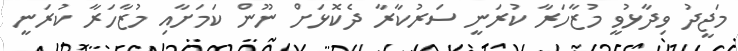
މަޖީދު ވިދާޅުވީ މުޒާހަރާ ކުރަނީ ސަރުކާރާ ދެކޮޅަށް ނޫން ކަމަށާއި މުޒާހަރާ ކުރަނީ